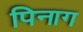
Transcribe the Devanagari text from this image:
पिनाग